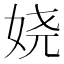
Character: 娆